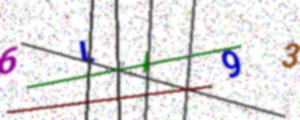
Text: 6LI93